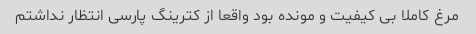
مرغ کاملا بی کیفیت و مونده بود واقعا از کترینگ پارسی انتظار نداشتم